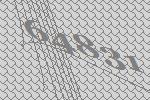
64831